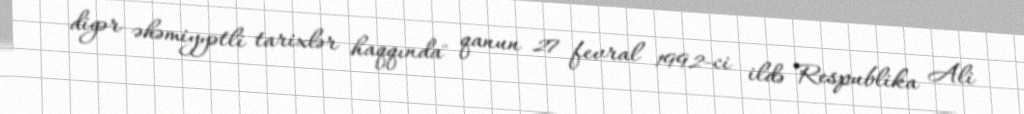
digər əhəmiyyətli tarixlər haqqında" qanun 27 fevral 1992-ci ildə Respublika Ali